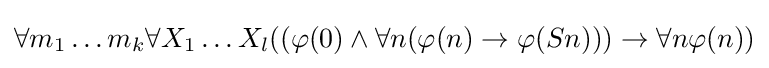
\forall m_{1}\dots m_{k}\forall X_{1}\dots X_{l}((\varphi (0)\land \forall n(\varphi (n)\rightarrow \varphi (Sn)))\rightarrow \forall n\varphi (n))